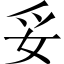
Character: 妥